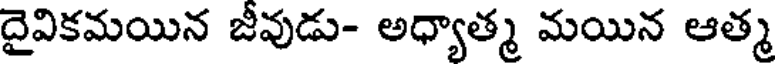
దైవికమయిన జీవుడు- అధ్యాత్మ మయిన ఆత్మ